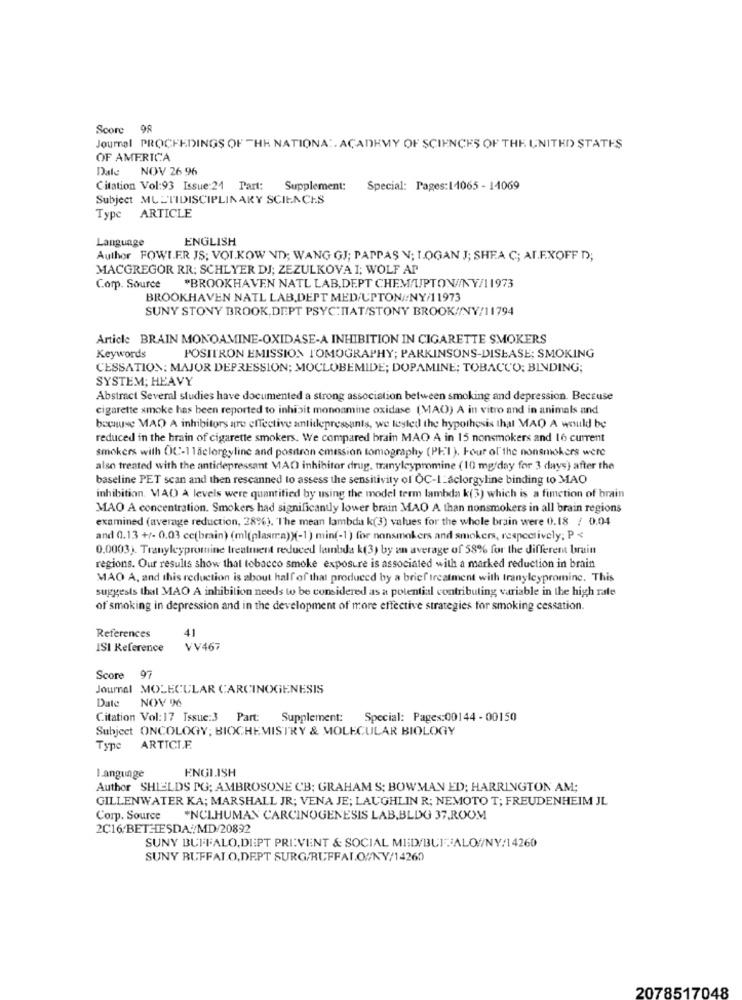
Score 98
Journal PROCEEDINGS OF THE NATIONA :. ACADEMY OF SCIENCES OF THE UNITED STATES
OF AMERICA
Date
NOV 26 96
Citation Vol:93 Issue:24 Part:
Supplement:
Special: Pages:11065 - 14069
Subject MULTIDISCIPLINARY SCIENCES
Type ARTICLE
Language
ENGLISH
Author FOWLER JS; VOL.KOW ND; WANG GJ; PAPPAS N; LOGAN J; SHEA C; AI.F.XOFF D;
MACGREGOR RR; SCHLYER DJ; ZEZULKOVA I; WOLF AP
Comp. Source "BROOKHAVEN NATL LAB, DEPT CHEM/UPTON//NY/11973
BROOKHAVEN NATL LAB,DEPT MED/UPTON//NY/11973
SUNY STONY BROOK.DEPT PSYC:ITAT/STONY BROOK//NY/11794
Article BRAIN MONOAMINE-OXIDASE-A INHIBITION IN CIGARETTE SMOKERS
Keywords
POSITRON EMISSION TOMOGRAPHY; PARKINSONS-DISEASE; SMOKING
CESSATION: MAJOR DEPRESSION; MOCLOBEMIDE; DOPAMINE; TOBACCO: BINDING;
SYSTEM; HEAVY
Abstract Several studies have documented a strong association between smoking and depression. Because
cigarette smoke has been reported to inhibit monoamine oxidase (MAO) A in vitro and in animals and
because MAD A inhibitors are effective antidepressants, we leyted the hypothesis thal MAQ A would be
reduced in the brain of cigarette smokers. We compared brain MAO A in 15 nonsmokers and 16 current
smokers with OC-115clergyline and positron emission tomography (PET ). Four of the nonsmokers were
also treated with the antidepressant MAO inhibitor drug. tranylcypromine (10 mg/day for 3 days) after the
baseline PET scan and then rescanned to assess the sensitivity of OC-I-aclorgyline binding to MAO
inhibition. MAO A levels were quantified by using the model term lambda k(3) which is a function of brain
MAO A concentration. Smokers had significantly lower brain MAO A than nonsmokers in all brain regions
examined (average reduction, 28%). "The mean lambda k(3) values for the whole brain were 0.18 / 0.04
and 0.13 +/- 0.03 cc(brain) (ml(plasma))(-1) min(-1) for nonsmokers and smokers, respectively; P <
0.0003). Tranyleypromine treatment reduced lambda k(3) by an average of 58% for the differem bruin
regions. Our results show that tobacco smoke exposure is associated with a marked reduction in brain
MAO A, and this reduction is about half of that produced by a brief treatment with tranyleypromine. This
suggests that MAO A inhibition needs to be considered as a potential contributing variable in the high rate
of smoking in depression and in the development of more effective strategies for smoking cessation.
41
References
ISI Reference
VV467
Score 97
Journal MOLECULAR CARCINOGENESIS
Date
NOV 6
Citation Vol: 17 Issue:3 Part:
Supplement:
Special: Pages:00144 - 00150
Subject ONCOLOGY; BIOCHEMISTRY & MOLECULAR BIOLOGY
Type ARTICLE
ENGLISH
Language
Author SHIELDS PG; AMBROSONE CB; GRAHAM S; BOWMAN ED; HARRINGTON AM;
GILLENWATER KA; MARSHALL JR; VENA JE; LAUGHLIN R; NEMOTO T; FREUDENHEIM JL
Corp. Source "NCLHUMAN CARCINOGENESIS LAB,BLDG 37,ROOM
2C16:BETHESDA:/MD/20892
SUNY BUFFALO, DEPT PRIVENT & SOCIAL MED/BUFFALO//NY/14260
SUNY BUFFALO, DEPT SURG/RUFFALO/NY/14260
2078517048